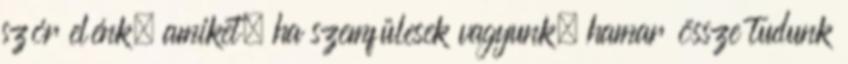
szór elénk, amiket, ha szemfülesek vagyunk, hamar össze tudunk